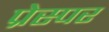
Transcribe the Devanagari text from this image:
प्रेस्पर